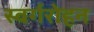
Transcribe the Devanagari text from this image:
स्वर्गरोहन